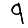
Digit: 9